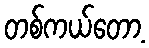
တစ်ကယ်တော့